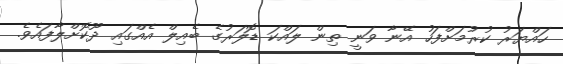
ހައްޔަރު ކުރުމަށްފަހު އޭނާ ވަނީ ތިން ލައްކަ ޑޮލަރުގެ ބެއިލް އެއްގައި ދޫކޮށްލާފައެވެ.